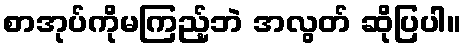
စာအုပ်ကိုမကြည့်ဘဲ အလွတ် ဆိုပြပါ။